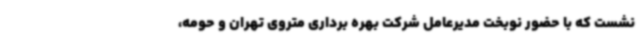
نشست که با حضور نوبخت مدیرعامل شرکت بهره برداری متروی تهران و حومه،